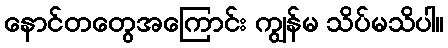
နောင်တတွေအကြောင်း ကျွန်မ သိပ်မသိပါ။